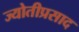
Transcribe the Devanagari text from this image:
ज्योतीप्रसाद